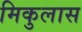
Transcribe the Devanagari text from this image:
मिकुलास